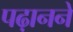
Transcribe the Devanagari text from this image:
पढ़ानने